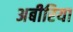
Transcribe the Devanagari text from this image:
अबीरिया